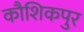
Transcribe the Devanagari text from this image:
कौशिकपुर